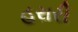
હરારી